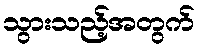
သွားသည့်အတွက်